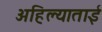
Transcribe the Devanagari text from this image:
अहिल्याताई